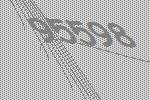
95598